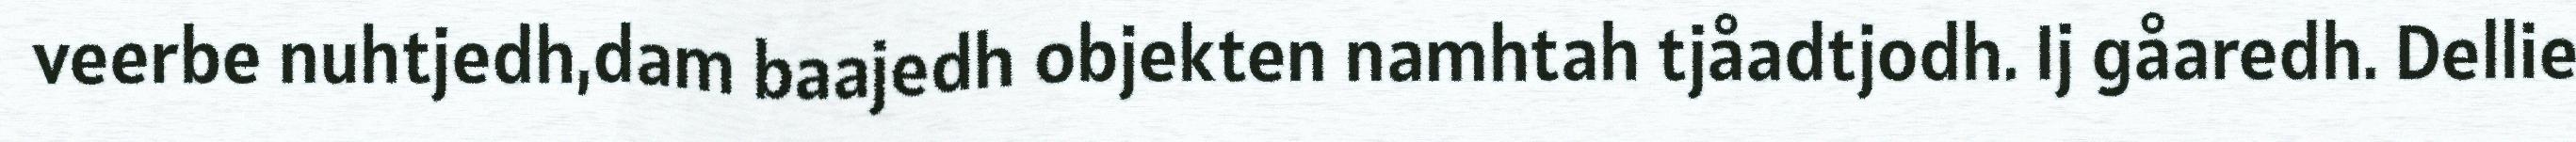
veerbe nuhtjedh,dam baajedh objekten namhtah tjåadtjodh. Ij gåaredh. Dellie